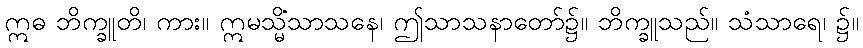
ဣဓ ဘိက္ခူတိ၊ ကား။ ဣမသ္မိံသာသနေ၊ ဤသာသနာတော်၌။ ဘိက္ခူသည်။ သံသာရေ၊ ၌။